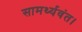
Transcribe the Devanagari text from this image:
सामर्थ्यवंत।